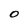
Character: 0